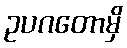
ဥပဂတောမှိ